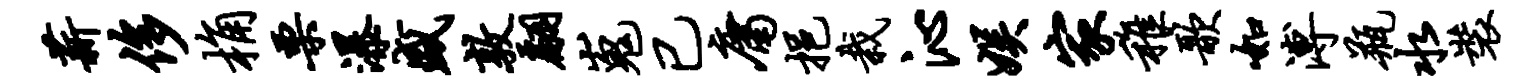
薪侈桷栗瀑盛敦翩嵬已庸挹栽沁娱家稚歌如溥瓶水装